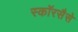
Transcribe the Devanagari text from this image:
स्कॉरसैसे